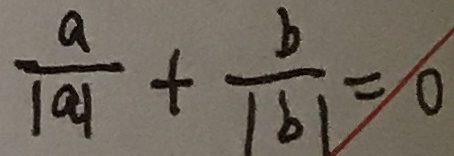
\frac { a } { \vert a \vert } + \frac { b } { \vert b \vert } = 0